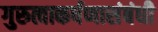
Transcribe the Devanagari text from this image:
गुरुत्वाकर्षणासंबंधी